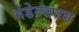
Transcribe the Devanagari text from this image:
मंडेल्सतम